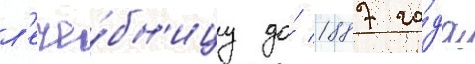
л'ече́бн'ицу до́ 1887 го́да